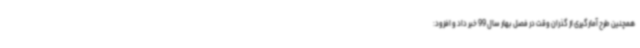
همچنین طرح آمارگیری از گذران وقت در فصل بهار سال 99 خبر داد و افزود: